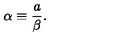
\alpha \equiv \frac { a } { \beta } .